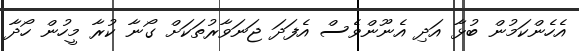
އެހެންކަމުން ބުޅާ އަދި އެނޫންވެސް އެފަދަ ޖަނަވާރުތަކަށް ގޯނާ ކުރާ މީހުން ހޯދާ